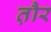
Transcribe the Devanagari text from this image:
त़ौर